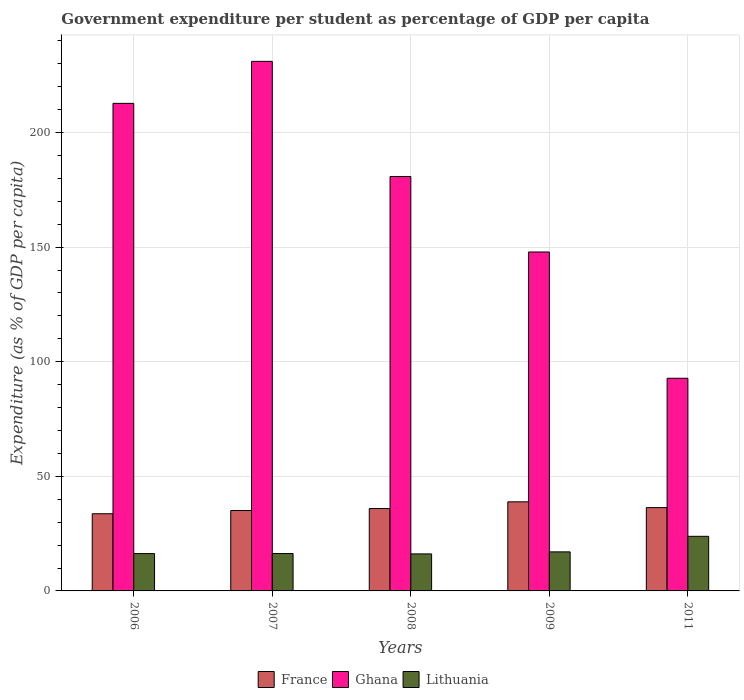
| Years | France | Ghana | Lithuania |
 | --- | --- | --- | --- |
 | 2006 | 33.7 | 213 | 16.3 |
 | 2007 | 35.1 | 231 | 16.3 |
 | 2008 | 35.9 | 181 | 16.2 |
 | 2009 | 38.9 | 148 | 17 |
 | 2011 | 36.4 | 92.8 | 23.8 |